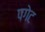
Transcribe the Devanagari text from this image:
पगेट